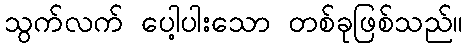
သွက်လက် ပေါ့ပါးသော တစ်ခုဖြစ်သည်။